Report on the bubonic plague in Bombay, 1896-1897
Year: 1896
Disease focus: Plague
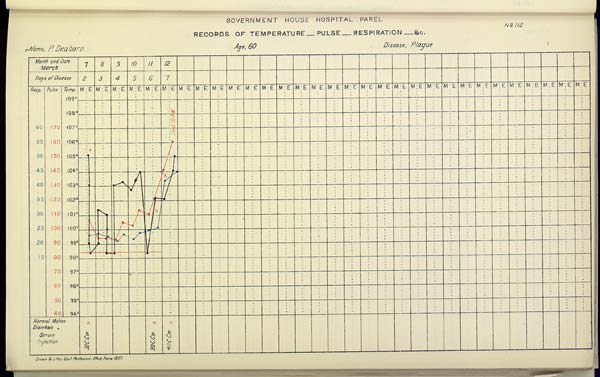
GOVERNMENT HOUSE HOSPITAL PAREL
No. 112
RECORDS OF TEMPERATURE __ PULSE __ RESPIRATION __ &c.
Name,
P.
Deabaro
Age,
60
Disease,
Plague
Drawn & Litho: Govt. Photozinco: Office, Poona 1897.